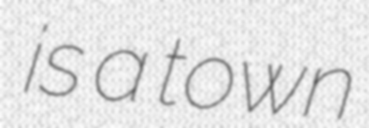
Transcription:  is a town